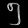
Digit: ၅